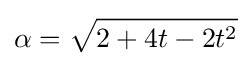
\alpha ={\sqrt {2+4t-2t^{2}}}